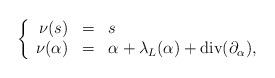
LaTeX: \begin{align*} \left\{ \begin{array}{rcl} \nu(s) & = & s\\ \nu(\alpha) & = & \alpha + \lambda_L(\alpha) + \mathrm{div}(\partial_\alpha), \end{array}\right. \end{align*}